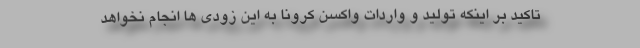
تاکید بر اینکه تولید و واردات واکسن کرونا به این زودی ها انجام نخواهد